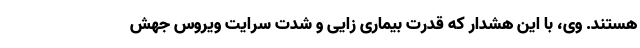
هستند. وی، با این هشدار که قدرت بیماری زایی و شدت سرایت ویروس جهش